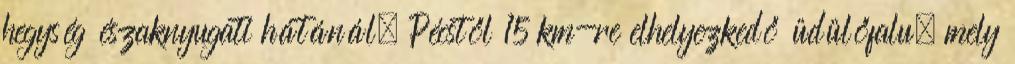
hegység északnyugati hátánál, Pécstől 15 km-re elhelyezkedő üdülőfalu, mely